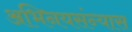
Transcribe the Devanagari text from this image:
अभिनयसंन्यास